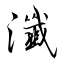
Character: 瀸